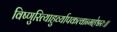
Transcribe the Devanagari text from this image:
विष्णुरित्याहुर्व्यापकत्वान्महेश्वरः॥